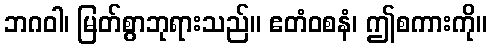
ဘဂဝါ၊ မြတ်စွာဘုရားသည်။ ဧတံဝစနံ၊ ဤစကားကို။